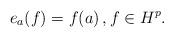
LaTeX: \begin{align*} e_a (f) = f (a) \, , f \in H^p .\end{align*}